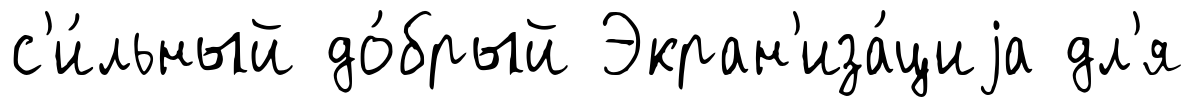
с'и́льный до́брый Экран'иза́циjа дл'я